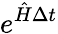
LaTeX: e^{\hat{H}\Delta t}